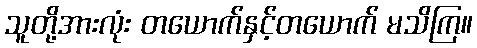
သူတို့အားလုံး တယောက်နှင့်တယောက် မသိကြ။